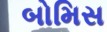
બોમિસ